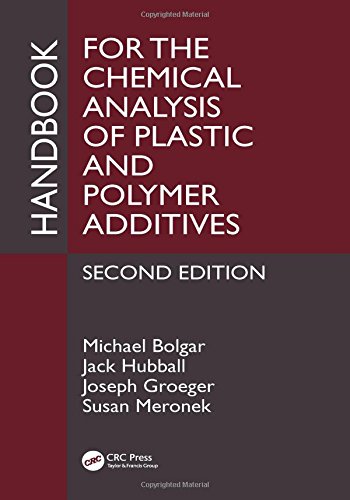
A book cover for Handbook for the Chemical Analysis of Plastic and Polymer Additives, Second Edition; Michael Bolgar; Science & Math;